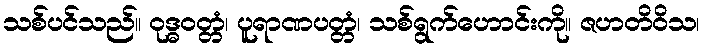
သစ်ပင်သည်။ ဝုဒ္ဓဝတ္တံ၊ ပူရာဏပတ္တံ၊ သစ်ရွက်ဟောင်းကို။ ဇဟတိဝိသ၊